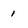
Character: I